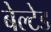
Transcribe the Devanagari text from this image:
बेल्टेड